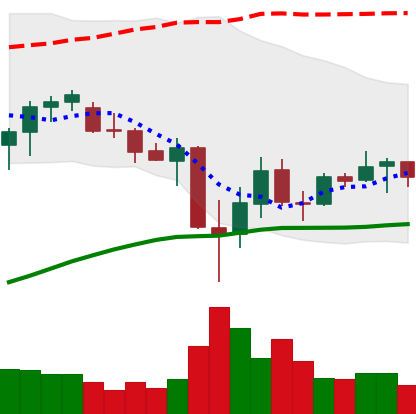
Ticker: ADA-USD
Chart end date: 2021-07-01
Forward return: 6.173%
Label: up_5_7